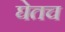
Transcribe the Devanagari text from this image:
घेतच